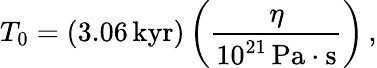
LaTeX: T_{0}=(3.06\, \mathrm{kyr})\left(\frac{\eta}{10^{21}\, \mathrm{Pa\cdot s}}\right)\, ,